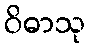
ဝိဓာသု